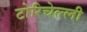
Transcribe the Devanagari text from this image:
टोरिचेल्ली